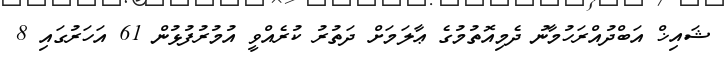
ޝައިޚް އަބްދުއްރަހުމާނު ދެމިއޮތުމުގެ ޢާލަމަށް ދަތުރު ކުރެއްވީ އުމުރުފުޅުން 61 އަހަރުގައި 8